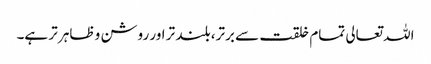
اللہ تعالی تمام خلقت سے برتر، بلند تر اور روشن و ظاہر تر ہے۔